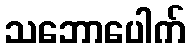
သဘောပေါက်